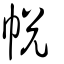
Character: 帨